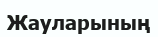
Жауларының